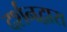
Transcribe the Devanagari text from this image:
दर्शनद्वारा